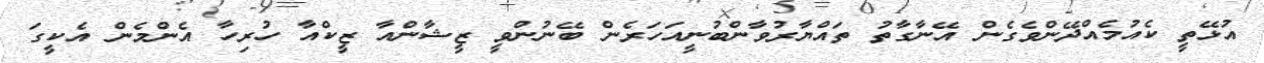
އުޅޭތީ ކެއުމެއްދޭންވެގެން އޭނާގާތު ތައްޔާރުވާންބުނީއަހަރެން ބޭނުންވީ ޒީޝާންއާ ޒީކްއާ ހުރިހާ އެންމެން އެކީގަ